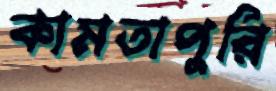
কামতাপুরি